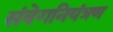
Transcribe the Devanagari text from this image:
संवेगनियंत्रण